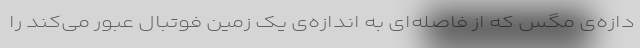
دازه‌ی مگس که از فاصله‌ای به اندازه‌ی یک زمین فوتبال عبور می‌کند را